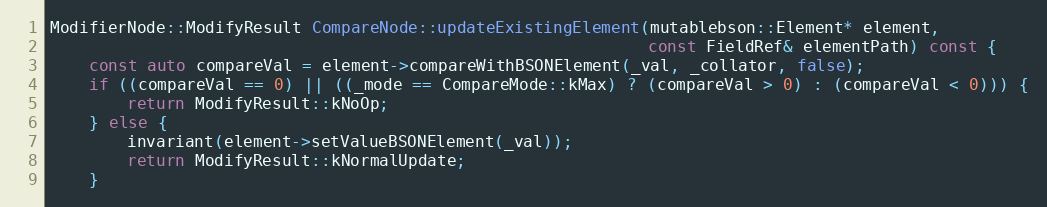
Language: C++
ModifierNode::ModifyResult CompareNode::updateExistingElement(mutablebson::Element* element,
                                                              const FieldRef& elementPath) const {
    const auto compareVal = element->compareWithBSONElement(_val, _collator, false);
    if ((compareVal == 0) || ((_mode == CompareMode::kMax) ? (compareVal > 0) : (compareVal < 0))) {
        return ModifyResult::kNoOp;
    } else {
        invariant(element->setValueBSONElement(_val));
        return ModifyResult::kNormalUpdate;
    }